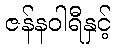
ဇန်နဝါရီနှင့်